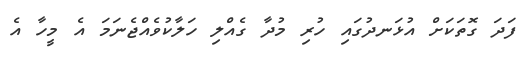
ފަދަ ގޮތަކަށް އުޅަނދުގައި ހުރި މުދާ ގެއްލި ހަލާކުވެއްޖެނަމަ އެ މީހާ އެ